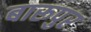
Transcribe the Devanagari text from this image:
बारूपुर